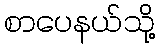
စာပေနယ်သို့